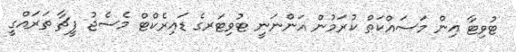
ޓުވިޓާ އިން މަސައްކަތް ކުރަމުން އަންނަނީ ޓުވިޓަރގެ ޑައިރެކްޓް މެސެޖު ފީޗާ ތަރައްގީ